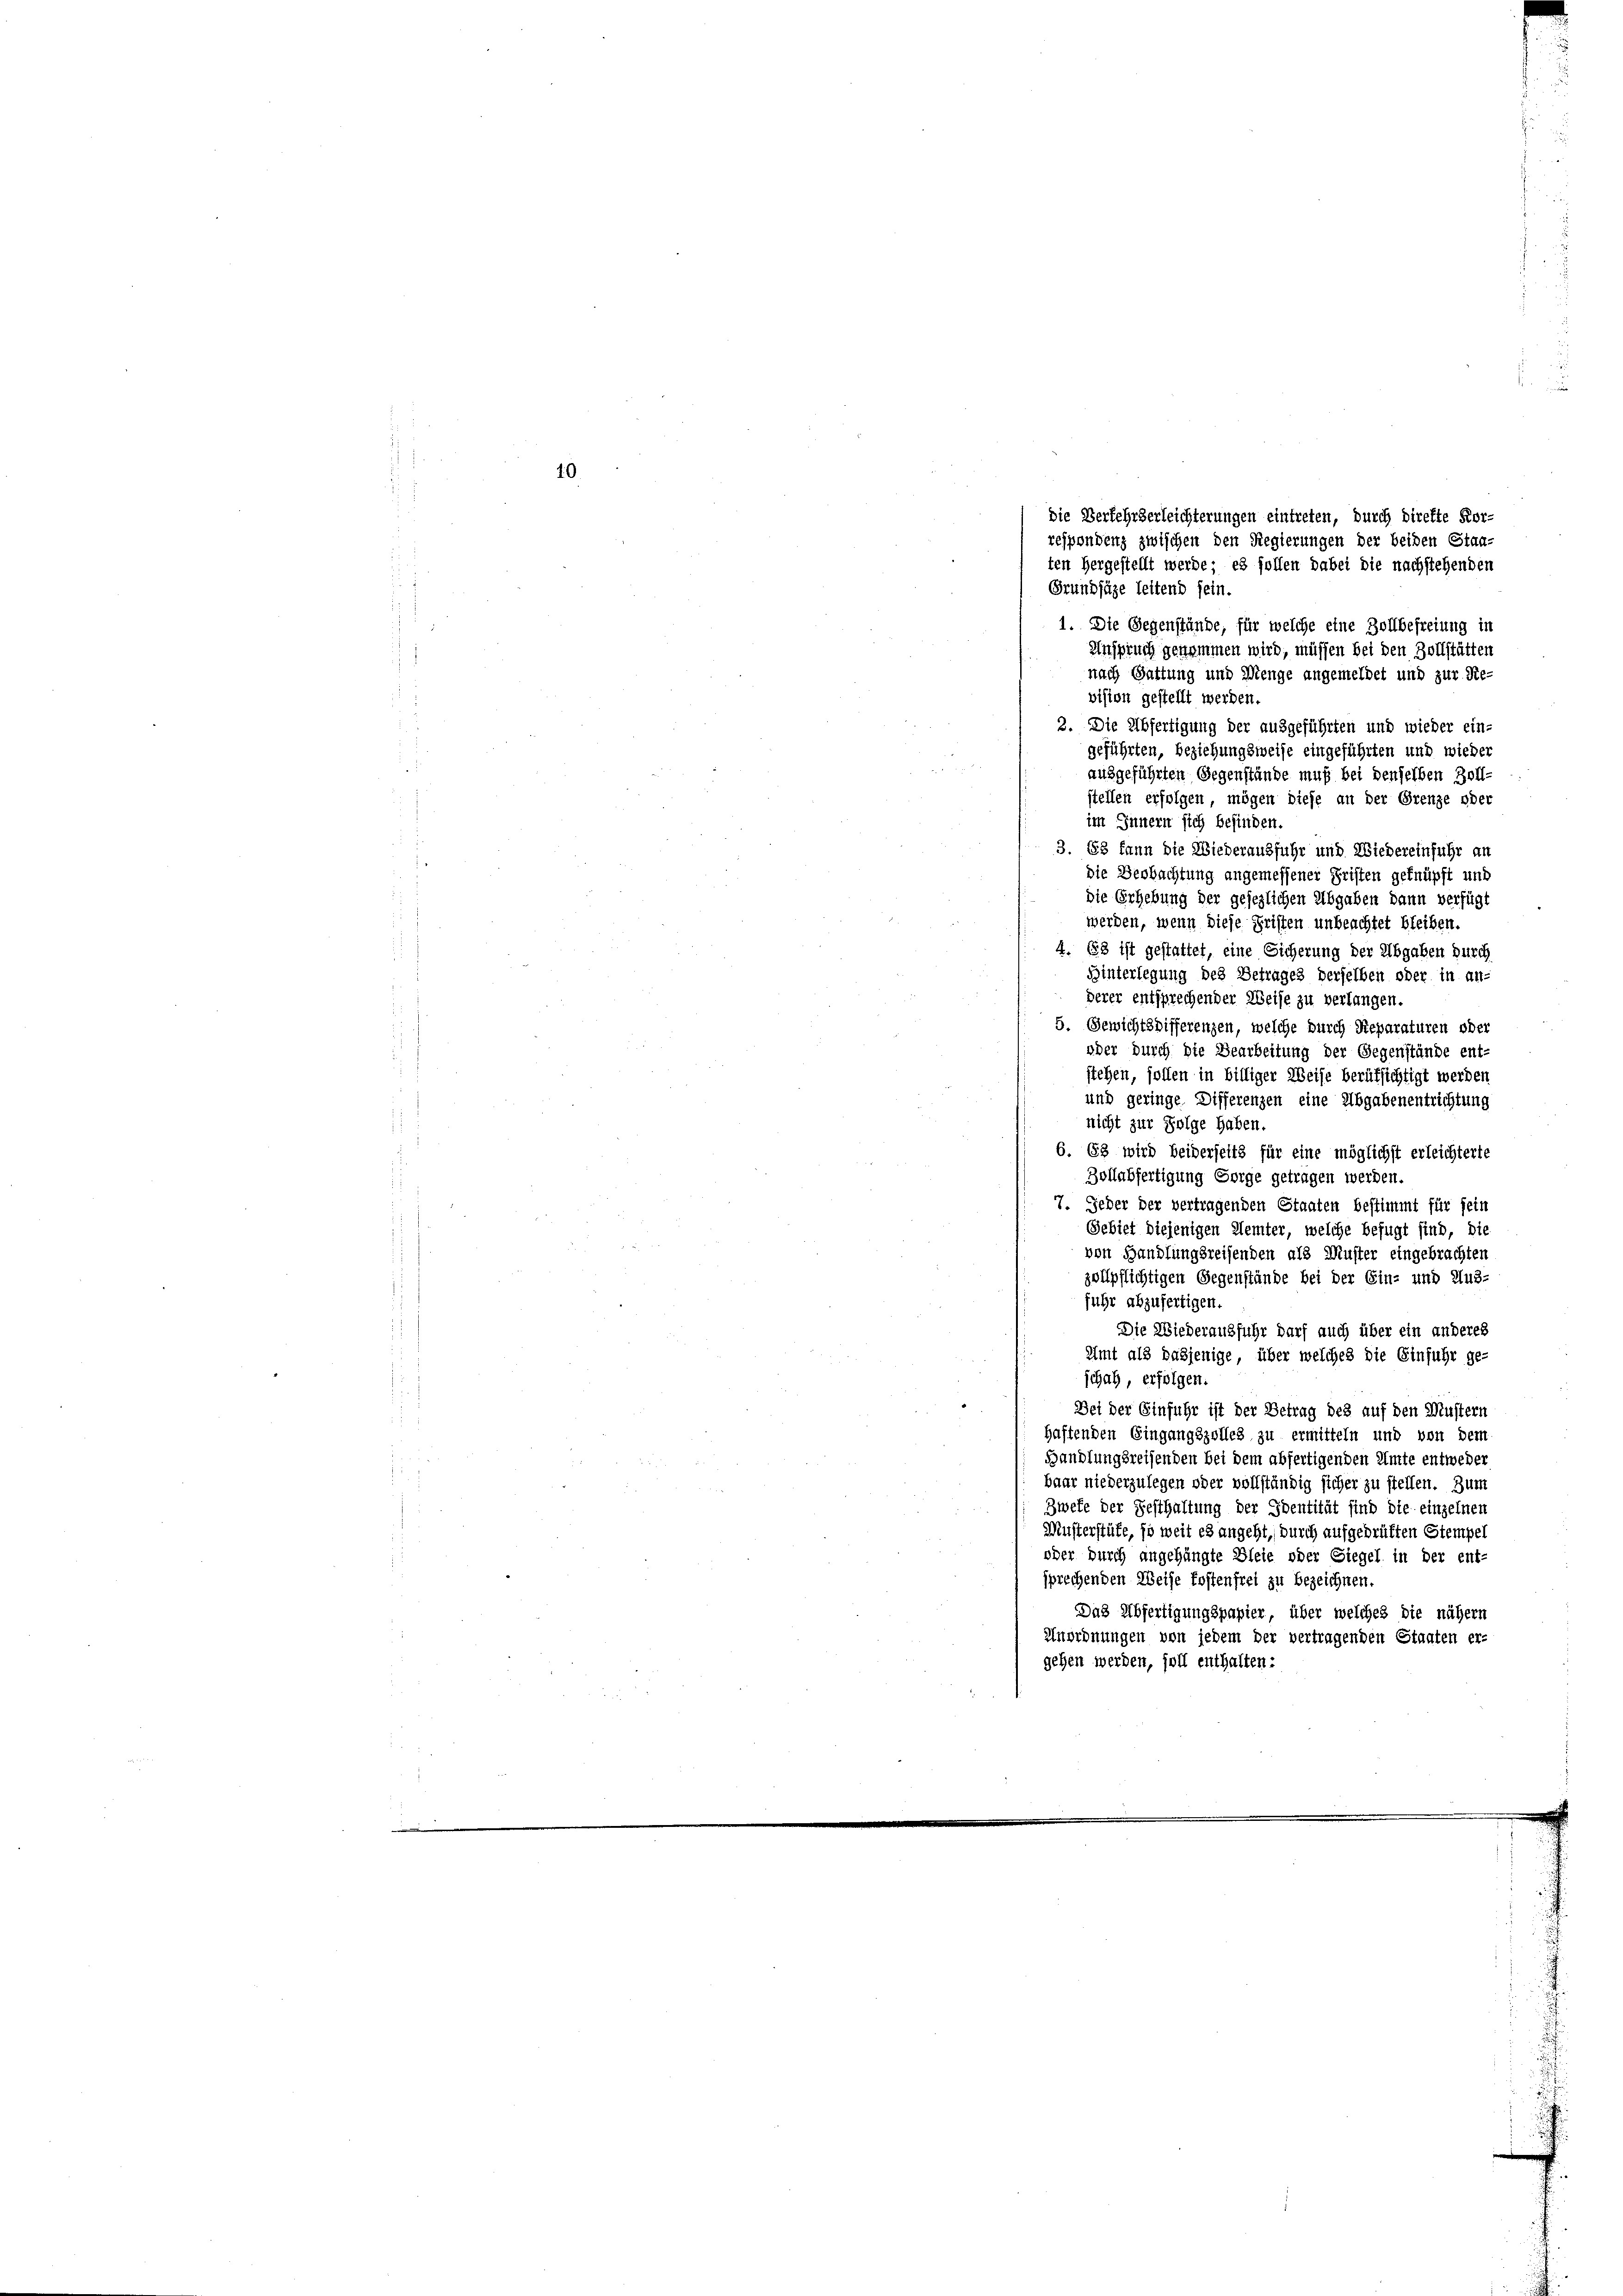
10

Grundsäze leitend sein.
1. Die Gegenstände, für welche eine Zollbefreiung in
Anspruch genommen wird, müssen bei den Zollstätten
nach Gattung und Menge angemeldet und zur Re-
vision gestellt werden.
2. Die Abfertigung der ausgeführten und wieder ein-
geführten, beziehungsweise eingeführten und wieder
ausgeführten Gegenstände muß bei denselben Zoll-
stellen erfolgen, mögen diese an der Grenze oder
im Innern sich befinden.
3. 88 fann die Wiederausfuhr und Wiedereinfuhr an
die Beobachtung angemessener Fristen geknüpft und
die Erhebung der gesezlichen Abgaben dann verfügt
werden, wenn diese Fristen unbeachtet bleiben.
4. 88 ist gestattet, eine Sicherung der Abgaben durch
Hinterlegung des Betrages derselben oder in an-
derer entsprechender Weise zu verlangen.
5. Gewichtsdifferenzen, welche durch Reparaturen oder
oder durch die Bearbeitung der Gegenstände ent-
stehen, sollen in billiger Weise berufsichtigt werden
und geringe Differenzen eine Abgabenentrichtung
nicht zur Folge haben.
6. 63 wird beiderseits für eine möglichst erleichterte
Zollabfertigung Sorge getragen werden.
7. Jeder der vertragenden Staaten bestimmt für fein
Gebiet diejenigen Kemter, welche befugt sind, die
von Handlungsreisenden als Muster eingebrachten
zollpflichtigen Gegenstände bei der Ein- und Hu3.
fuhr abzufertigen
Die Wiederausfuhr darf auch über ein anderes
Amt als dasjenige, über welches die Einfuhr ge-
e
schah, erfolgen.
Bei der Einfuhr ist der Betrag des auf den Mustern
haftenden Eingangszolles zu ermitteln und von dem
Handlungsreisenden bei dem abfertigenden Amte entweder
baar niederzulegen oder vollständig sicher zu stellen. Zum
Zwete der Festhaltung der Identität sind die einzelnen
Musterstüte, so weit es angeht, durch aufgeprüften Stempel
oder durch angehängte Bleie oder Siegel in der ent
sprechenden Weise kostenfrei zu bezeichnen.
Das Abfertigungspapier, über welches die nähern
Anordnungen von jedem der vertragenden Staaten er-
gehen werden, soll enthalten:

die Verfehrderleichterungen eintreten, durch direkte Kor-
respondenz zwischen den Regierungen der beiden Staaten hergestellt werde; es sollen dabei die nachstehenden